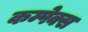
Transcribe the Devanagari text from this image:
कम्पेक्स